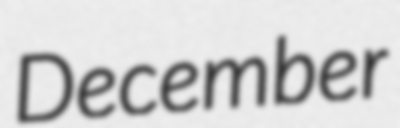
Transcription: December